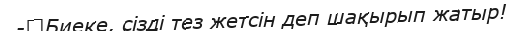
-	Биеке, сізді тез жетсін деп шақырып жатыр!